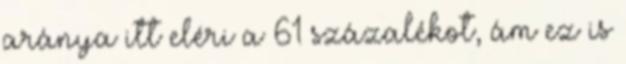
aránya itt eléri a 61 százalékot, ám ez is